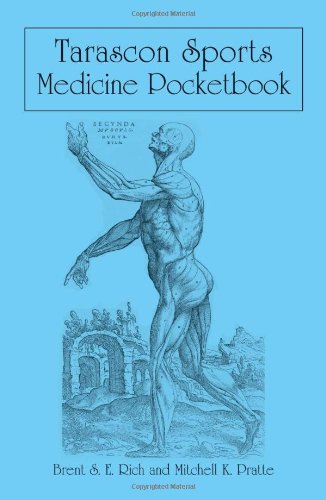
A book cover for Tarascon Sports Medicine Pocketbook; Brent S.E. Rich; Medical Books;